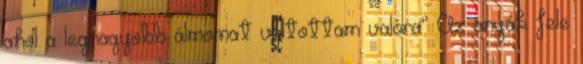
ahol a legnagyobb álmomat váltottam valóra” Az anyák fele